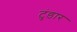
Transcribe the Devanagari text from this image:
टुंडार